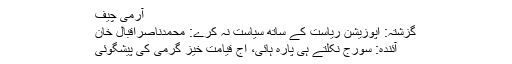
آرمی چیف
گزشتہ: اپوزیشن ریاست کے ساتھ سیاست نہ کرے: محمدناصراقبال خان
آئندہ: سورج نکلتے ہی پارہ ہائی، آج قیامت خیز گرمی کی پیشگوئی